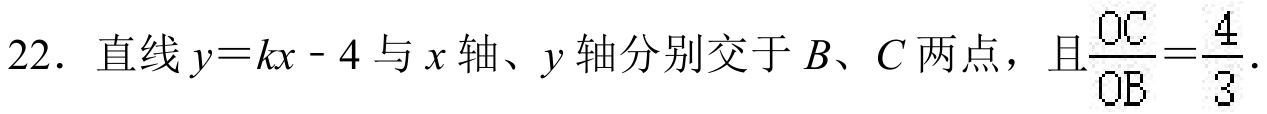
22. 直线\(y = kx - 4\)与\(x\)轴、\(y\)轴分别交于\(B\)、\(C\)两点，且\(\frac{OC}{OB}=\frac{4}{3}\)。